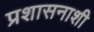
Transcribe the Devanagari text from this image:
प्रशासनाशी